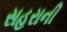
સહરાની